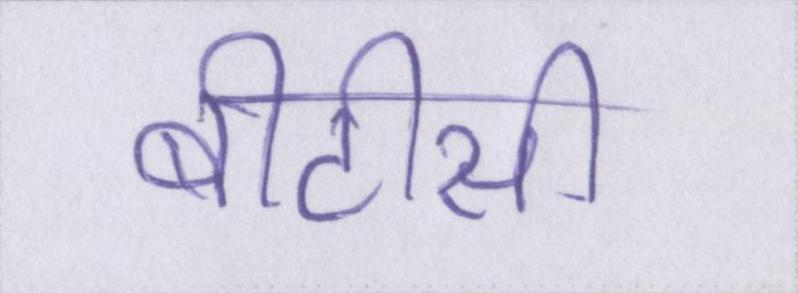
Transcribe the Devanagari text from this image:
बीटीसी